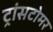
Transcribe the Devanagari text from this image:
ट्रांसटोमर